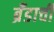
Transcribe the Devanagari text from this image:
ब्रँडाची